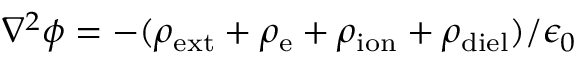
\nabla ^ { 2 } \phi = - ( \rho _ { \mathrm { e x t } } + \rho _ { \mathrm { e } } + \rho _ { \mathrm { i o n } } + \rho _ { \mathrm { d i e l } } ) / \epsilon _ { 0 }